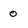
Character: 0